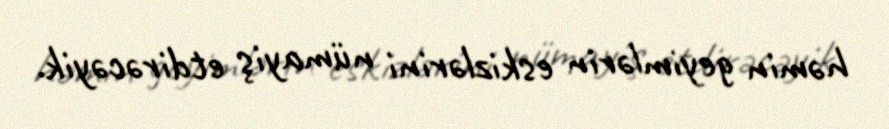
həmin geyimlərin eskizlərini nümayiş etdirəcəyik.